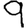
Digit: 9